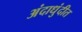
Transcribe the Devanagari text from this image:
अंदाधुंदीत